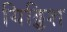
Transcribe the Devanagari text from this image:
यिड्डिश